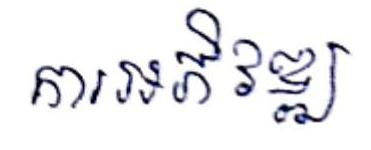
ការអភិវឌ្ឃ